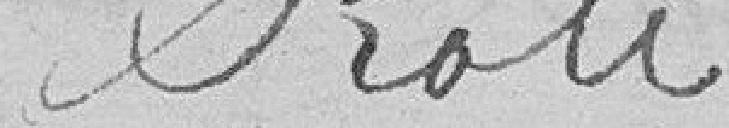
Rôle